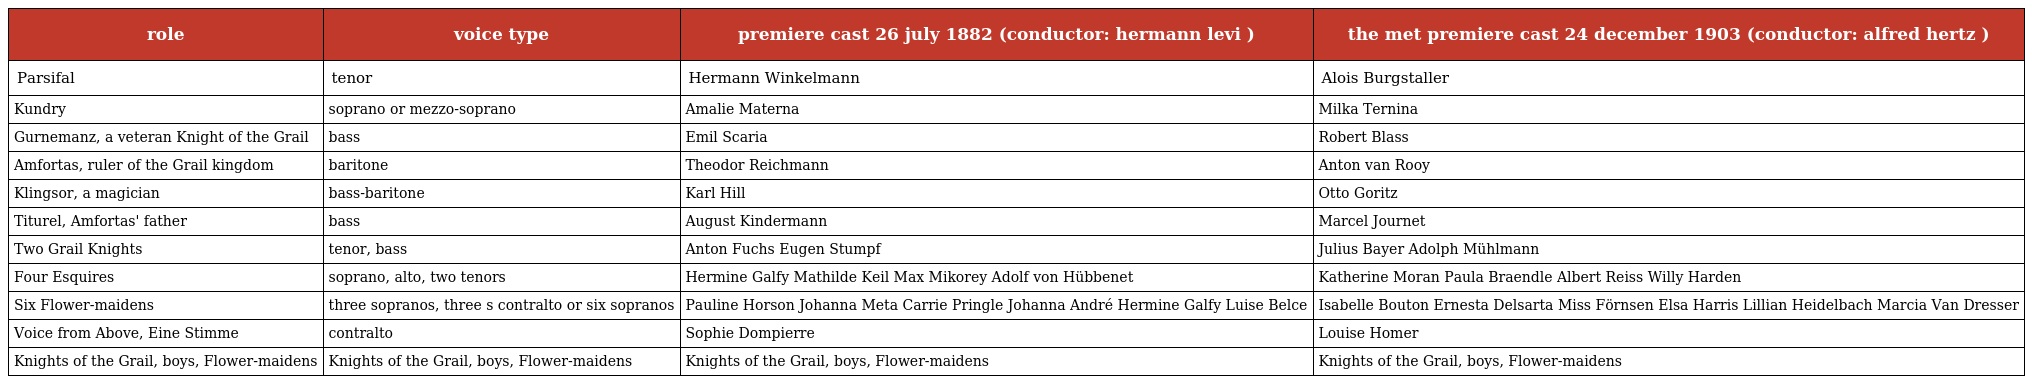
| role | voice type | premiere cast 26 july 1882 (conductor: hermann levi ) | the met premiere cast 24 december 1903 (conductor: alfred hertz ) |
 | --- | --- | --- | --- |
 | Parsifal | tenor | Hermann Winkelmann | Alois Burgstaller |
 | Kundry | soprano or mezzo-soprano | Amalie Materna | Milka Ternina |
 | Gurnemanz, a veteran Knight of the Grail | bass | Emil Scaria | Robert Blass |
 | Amfortas, ruler of the Grail kingdom | baritone | Theodor Reichmann | Anton van Rooy |
 | Klingsor, a magician | bass-baritone | Karl Hill | Otto Goritz |
 | Titurel, Amfortas' father | bass | August Kindermann | Marcel Journet |
 | Two Grail Knights | tenor, bass | Anton Fuchs Eugen Stumpf | Julius Bayer Adolph Mühlmann |
 | Four Esquires | soprano, alto, two tenors | Hermine Galfy Mathilde Keil Max Mikorey Adolf von Hübbenet | Katherine Moran Paula Braendle Albert Reiss Willy Harden |
 | Six Flower-maidens | three sopranos, three s contralto or six sopranos | Pauline Horson Johanna Meta Carrie Pringle Johanna André Hermine Galfy Luise Belce | Isabelle Bouton Ernesta Delsarta Miss Förnsen Elsa Harris Lillian Heidelbach Marcia Van Dresser |
 | Voice from Above, Eine Stimme | contralto | Sophie Dompierre | Louise Homer |
 | Knights of the Grail, boys, Flower-maidens | Knights of the Grail, boys, Flower-maidens | Knights of the Grail, boys, Flower-maidens | Knights of the Grail, boys, Flower-maidens |